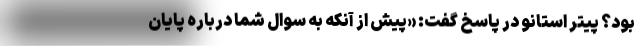
بود؟ پیتر استانو در پاسخ گفت: «پیش از آنکه به سوال شما درباره پایان